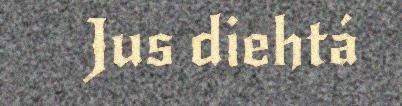
Jus diehtá